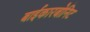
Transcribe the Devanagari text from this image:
बाईकारबोनिट